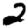
Digit: 2